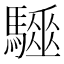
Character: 𩦁